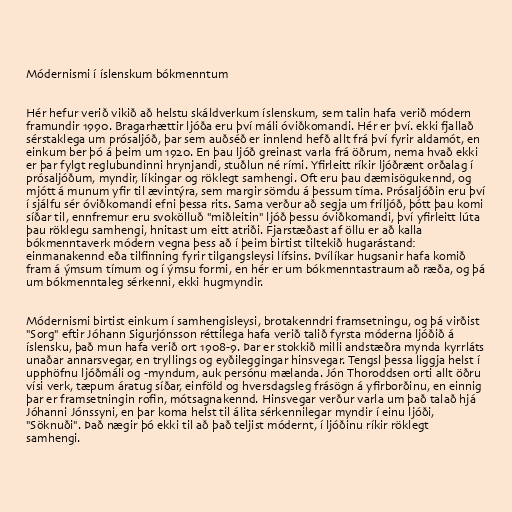
Módernismi í íslenskum bókmenntum

Hér hefur verið vikið að helstu skáldverkum íslenskum, sem talin hafa verið módern
framundir 1990. Bragarhættir ljóða eru því máli óviðkomandi. Hér er því. ekki fjallað
sérstaklega um prósaljóð, þar sem auðséð er innlend hefð allt frá því fyrir aldamót, en
einkum ber þó á þeim um 1920. En þau ljóð greinast varla frá öðrum, nema hvað ekki
er þar fylgt reglubundinni hrynjandi, stuðlun né rími. Yfirleitt ríkir ljóðrænt orðalag í
prósaljóðum, myndir, líkingar og röklegt samhengi. Oft eru þau dæmisögukennd, og
mjótt á munum yfir til ævintýra, sem margir sömdu á þessum tíma. Prósaljóðin eru því
í sjálfu sér óviðkomandi efni þessa rits. Sama verður að segja um fríljóð, þótt þau komi
síðar til, ennfremur eru svokölluð "miðleitin" ljóð þessu óviðkomandi, því yfirleitt lúta
þau röklegu samhengi, hnitast um eitt atriði. Fjarstæðast af öllu er að kalla
bókmenntaverk módern vegna þess að í þeim birtist tiltekið hugarástand:
einmanakennd eða tilfinning fyrir tilgangsleysi lífsins. Þvílíkar hugsanir hafa komið
fram á ýmsum tímum og í ýmsu formi, en hér er um bókmenntastraum að ræða, og þá
um bókmenntaleg sérkenni, ekki hugmyndir.

Módernismi birtist einkum í samhengisleysi, brotakenndri framsetningu, og þá virðist
"Sorg" eftir Jóhann Sigurjónsson réttilega hafa verið talið fyrsta móderna ljóðið á
íslensku, það mun hafa verið ort 1908-9. Þar er stokkið milli andstæðra mynda kyrrláts
unaðar annarsvegar, en tryllings og eyðileggingar hinsvegar. Tengsl þessa liggja helst í
upphöfnu ljóðmáli og -myndum, auk persónu mælanda. Jón Thoroddsen orti allt öðru
vísi verk, tæpum áratug síðar, einföld og hversdagsleg frásögn á yfirborðinu, en einnig
þar er framsetningin rofin, mótsagnakennd. Hinsvegar verður varla um það talað hjá
Jóhanni Jónssyni, en þar koma helst til álita sérkennilegar myndir í einu ljóði,
"Söknuði". Það nægir þó ekki til að það teljist módernt, í ljóðinu ríkir röklegt
samhengi.